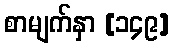
စာမျက်နှာ [၁၄၉]